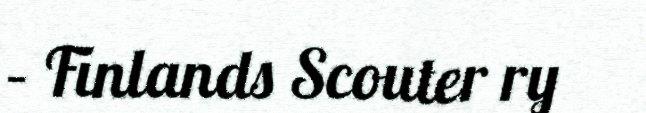
– Finlands Scouter ry